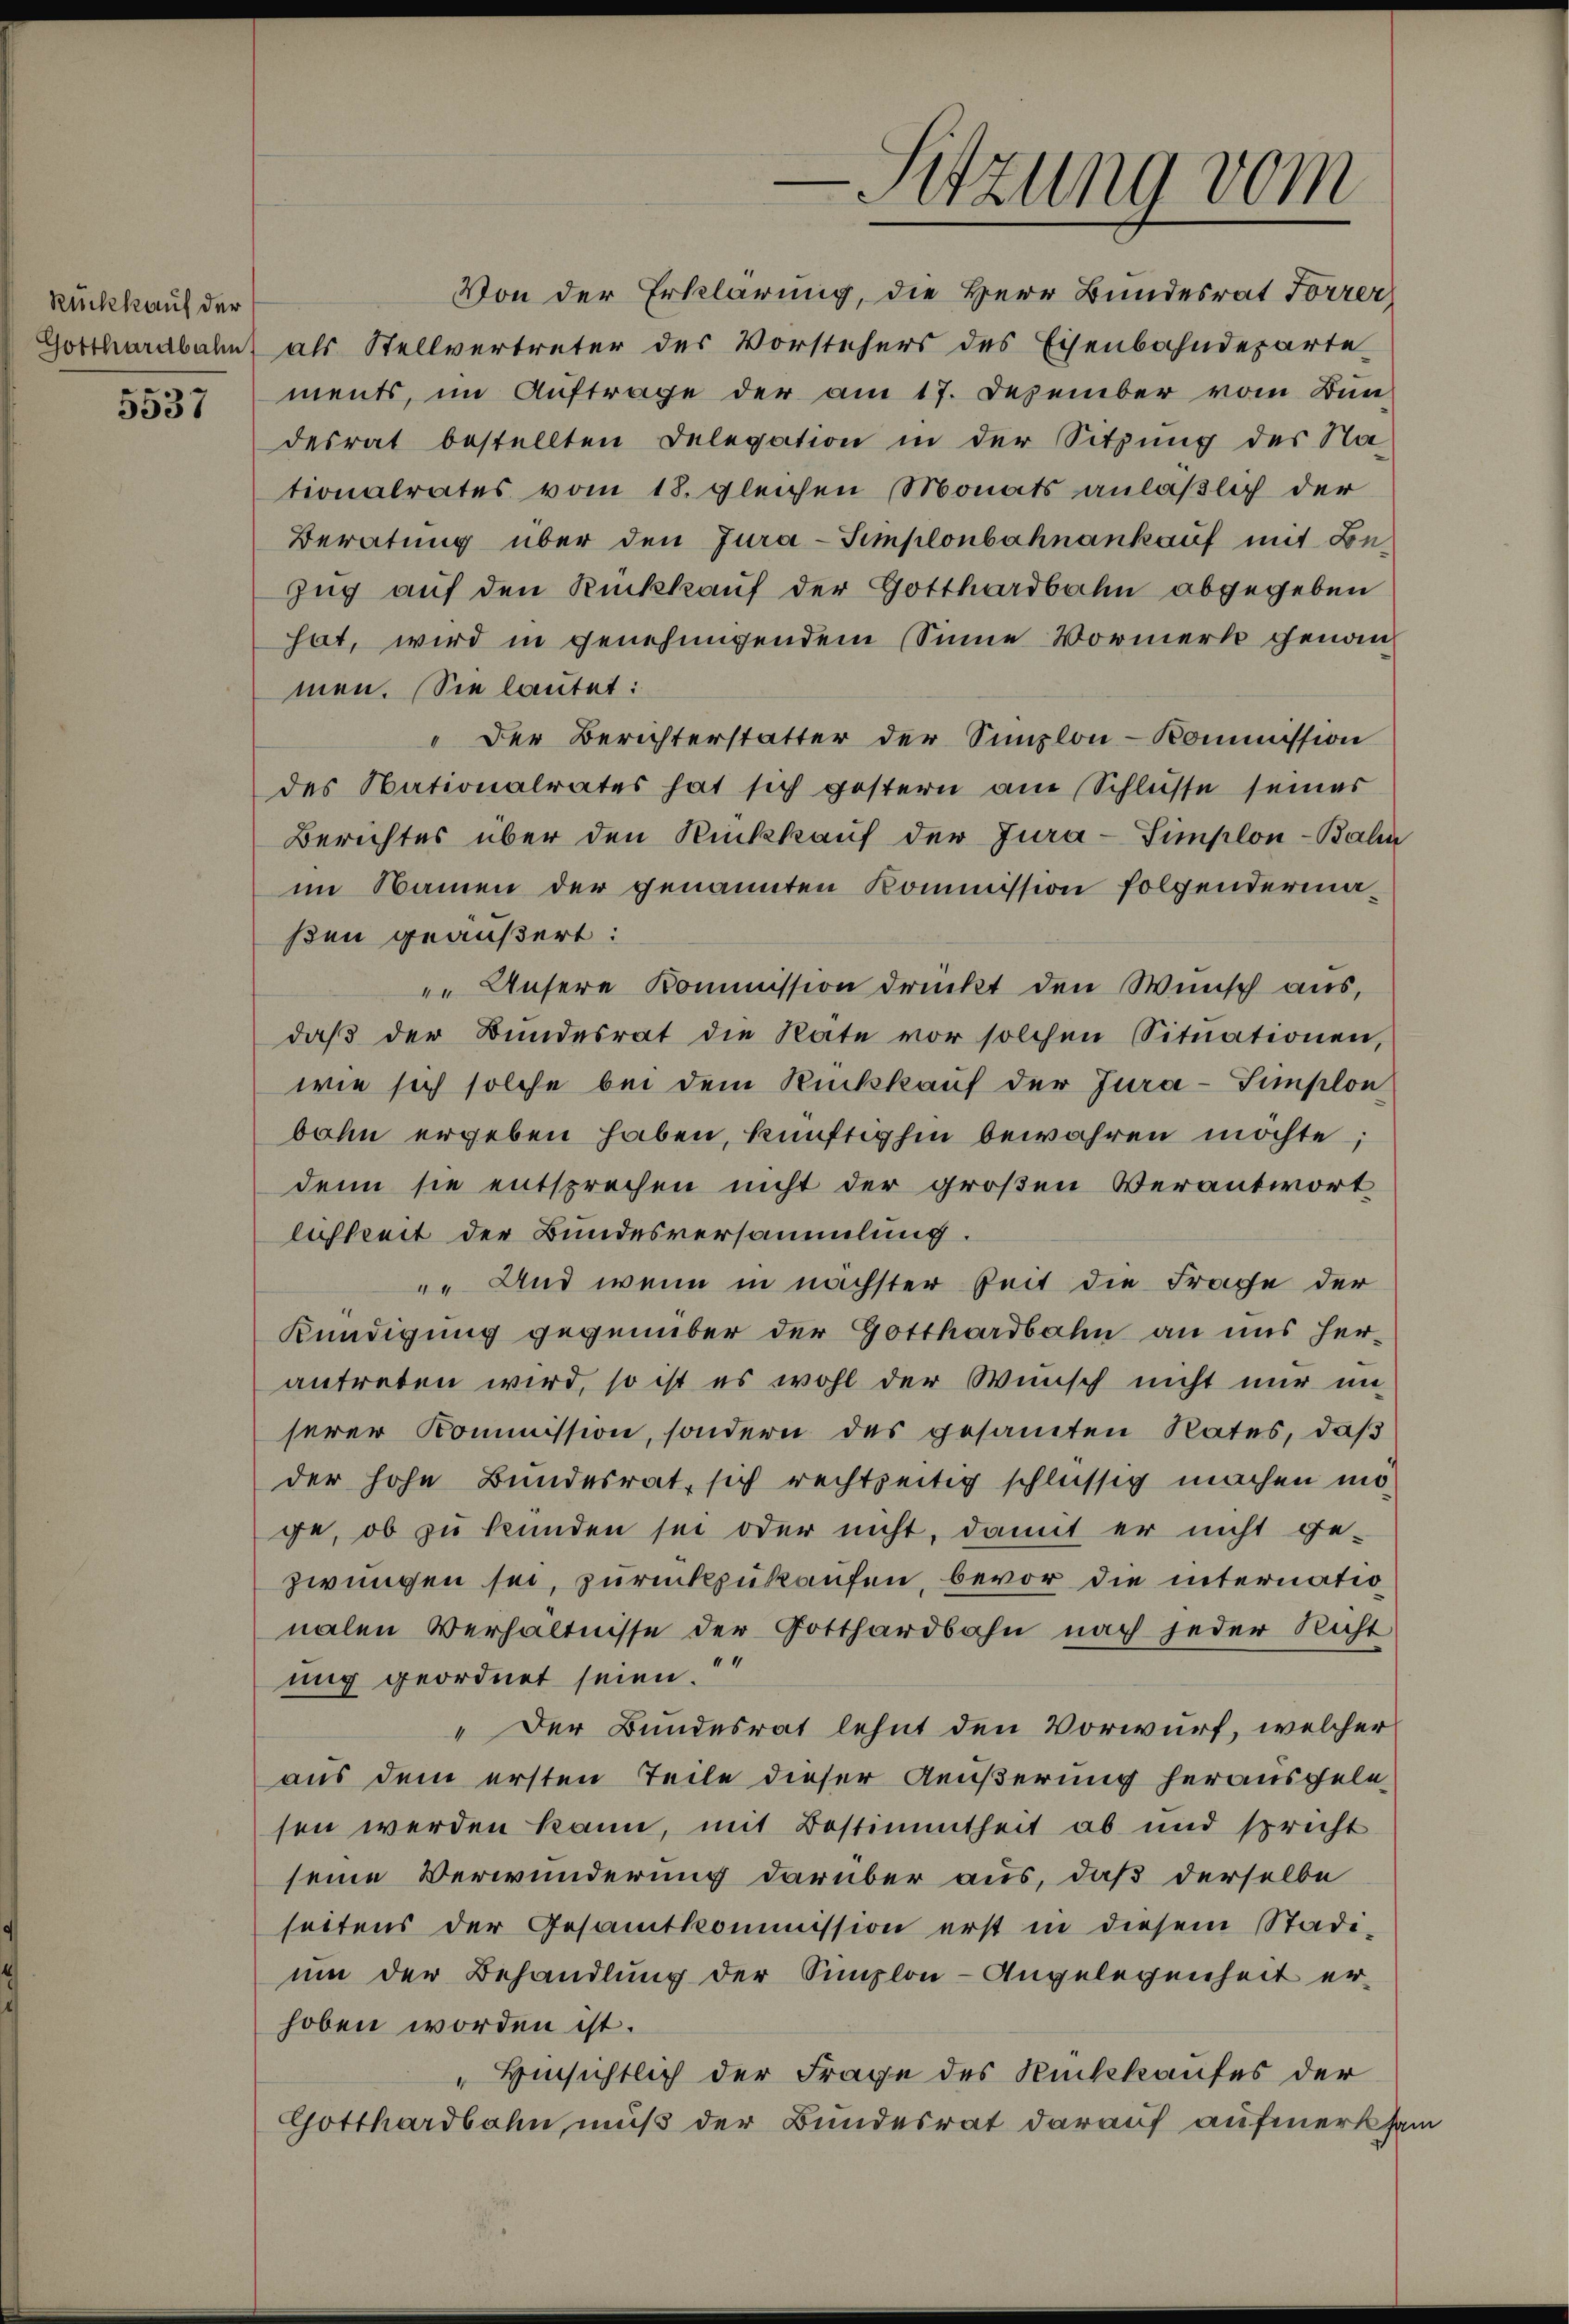
Rückkauf der
Gotthardbahn

5537

-Sitzung vom

Von der Erklärung, die Herr Bundesrat Forrer
als Stellvertreter des Vorstehers des Eisenbahndeparte
ments, im Auftrage der am 17. Dezember vom Bun-
desrat bestellten Delegation in der Sitzung des Na-
tionalrates vom 18. gleichen Monats anläßlich der
Beratung über den Jura-Simplonbahnankauf mit Be¬
Zug auf den Rückkauf der Gotthardbahn abgegeben
hat, wird in genehmigendem Sinne Vormerk genommen. Sie lautet:
"Der Berichterstatter der Simplon-Kommission
des Nationalrates hat sich gestern am Schlüsse seiner
Berichtes über den Rückkauf der Jura-Simplon - Balin
im Namen der genannten Kommission folgendermaßen geäußert:
 Unsere Kommission druckt den Wunsch aus,
daβ der Bundesrat die Rate vor solchen Situationen,
wie sich solche bei dem Rückkauf der Jura-Simplon
bahn ergeben haben, künftighin bewahren möchte,
denn sie entsprechen nicht der großen Verantwort
lichkeit der Bundesversammlung.
" Und wenn in nächster Zeit die Frage der
Kündigung gegenüber der Gotthardbahn an uns her-
antreten wird, so ist es wohl der Wunsch nicht nur un-
serer Kommission, sondern des gesamten Rates, daß
der hohe Bundesrat, sich rechtzeitig schlüssig machen möge, ob zu kunden sei oder nicht, damit er nicht ge-
zwungen sei, zurückzukaufen, bevor die internationalen Verhältnisse der Gotthardbahn nach jeder Nicht
uig geordnet seien.
„Der Bundesrat lehnt den Vorwurf, welcher
aus dem ersten Teile dieser Aeußerung herausgelesen werden kann, mit Bestimmtheit ab und spricht
seine Verwunderung darüber aus, daß derselbe
seitens der Gesamtkommission erst in diesem Stadi-
um der Behandlung der Simplon-Angelegenheit erhoben worden ist.
"Hinsichtlich der Frage des Rückkaufes der
Gotthardbahn muß der Bundesrat darauf aufmerksam